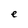
Character: e